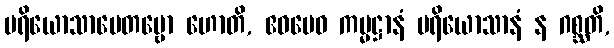
ပရိယောသာပေတဗ္ဗော ဟောတိ, ဧဝမေဝ ကမ္မဋ္ဌာနံ ပရိယောသာနံ န ဂစ္ဆတိ,